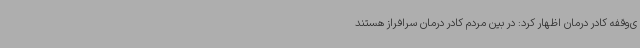
ی‌وقفه کادر درمان اظهار کرد: در بین مردم کادر درمان سرافراز هستند